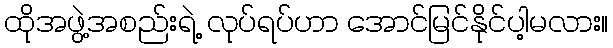
ထိုအဖွဲ့အစည်းရဲ့ လုပ်ရပ်ဟာ အောင်မြင်နိုင်ပါ့မလား။